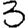
Digit: 3